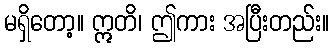
မရှိတော့။ ဣတိ၊ ဤကား အပြီးတည်း။